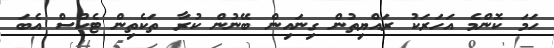
ހަމަ ކޮންމެ އަހަރަކު ރައްޔިތުން ގިނައިން ބޭނުން ކުރާ ތަކެތިން ޓެކްސް އެބަ